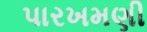
પારખમણી